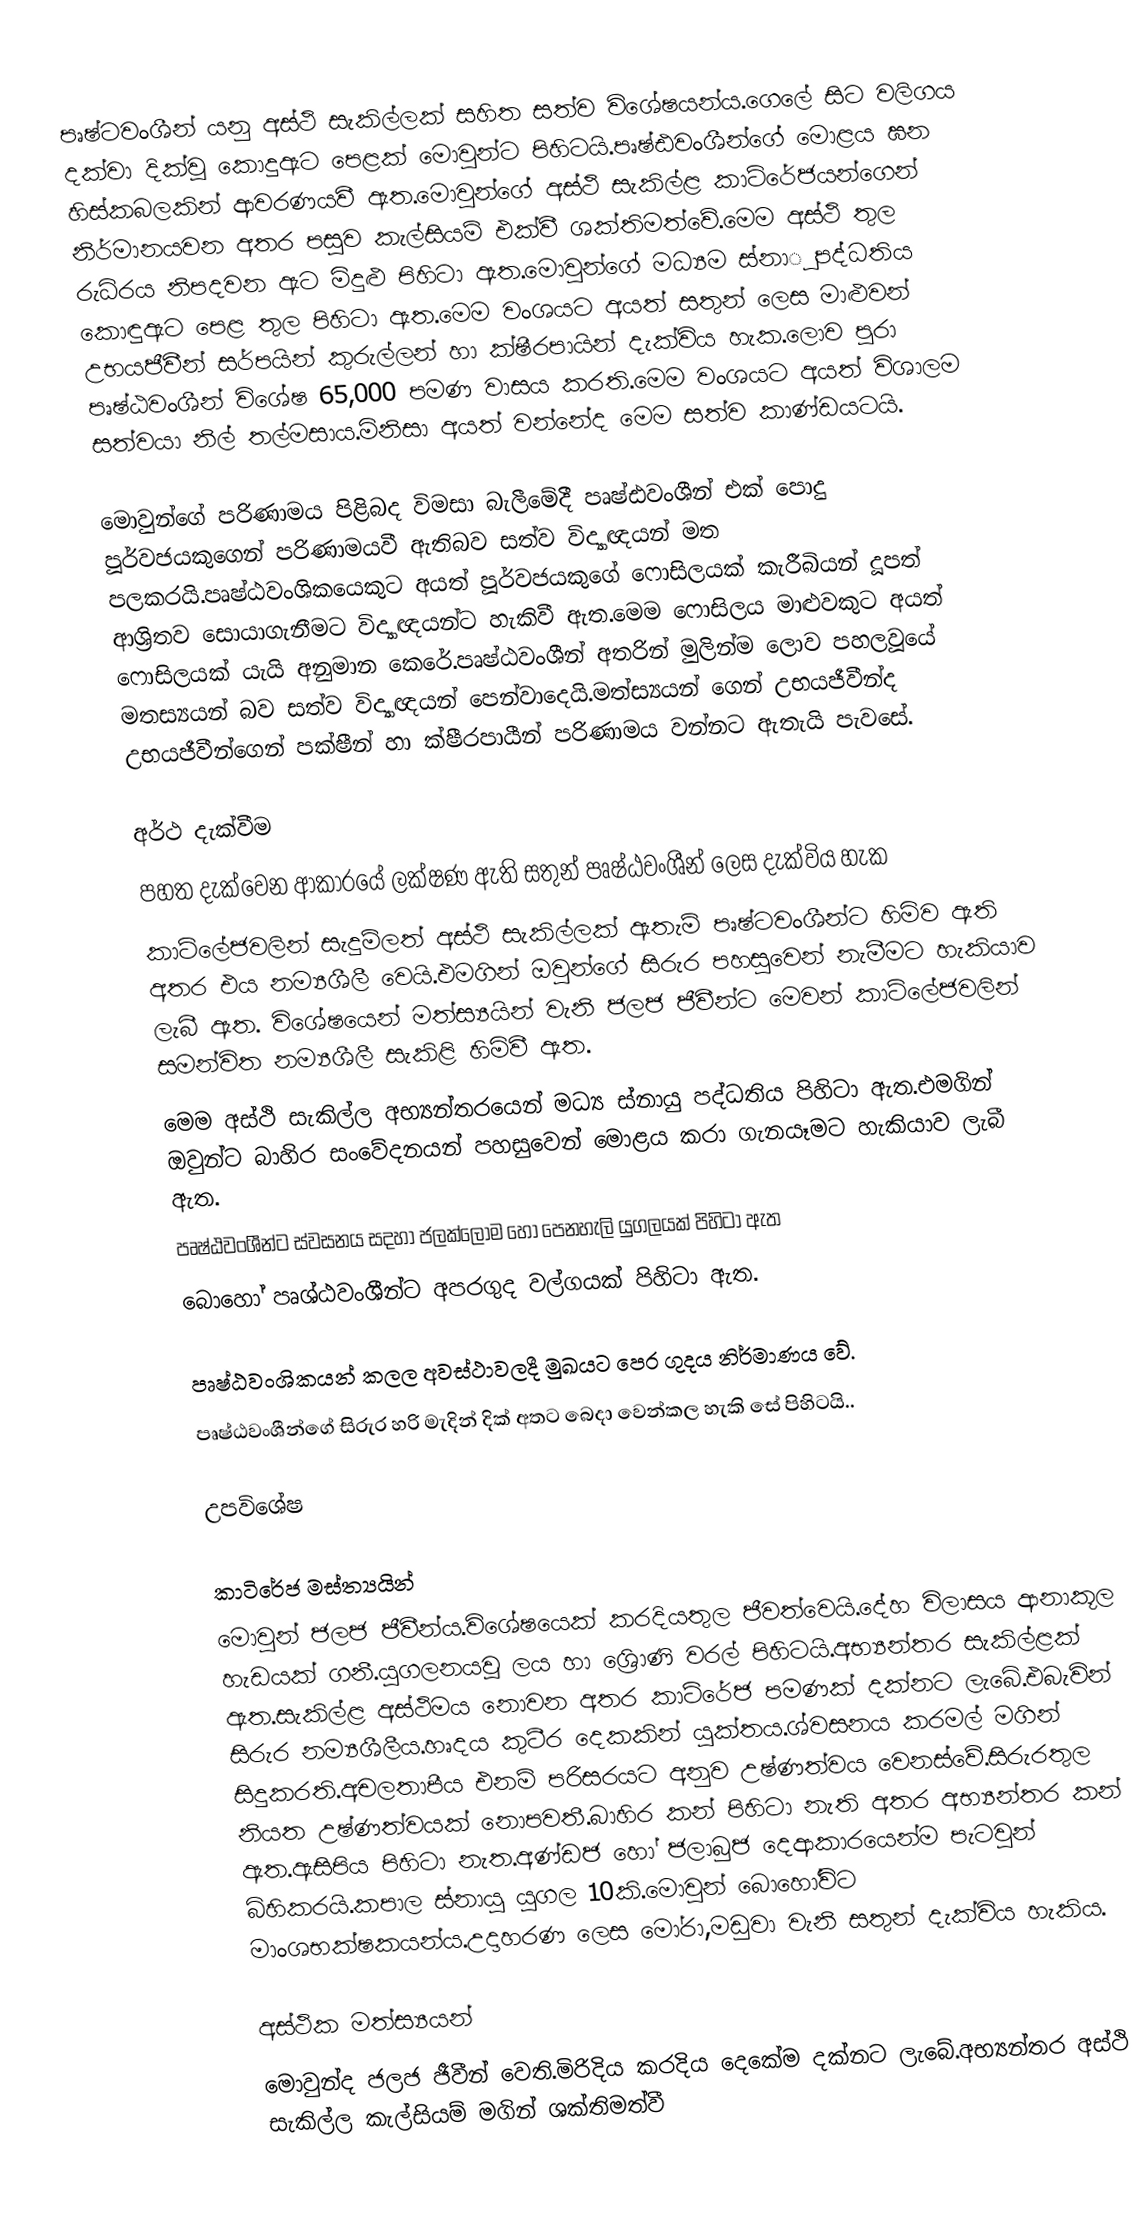
පෘෂ්ටවංශීන් යනු අස්ථි සැකිල්ලක් සහිත සත්ව විශේෂයන්ය.ගෙලේ සිට වලිගය දක්වා දික්වූ කොදුඇට පෙළක් මොවුන්ට පිහිටයි.පෘෂ්ඪවංශීන්ගේ මොළය ඝන හිස්කබලකින් ආවරණයවී ඇත.මොවුන්ගේ   අස්ථි සැකිල්ළ කාටිරේජයන්ගෙන් නිර්මානයවන අතර පසුව කැල්සියම් එක්වී ශක්තිමත්වේ.මෙම අස්ථි තුල රුධිරය නිපදවන ඇට මිදුළු පිහිටා ඇත.මොවුන්ගේ මධ්‍යම ස්නාු පද්ධතිය කොඳුඇට පෙළ තුල පිහිටා ඇත.මෙම වංශයට අයත් සතුන් ලෙස මාළුවන් උභයජීවීන් සර්පයින් කුරුල්ලන් හා ක්ෂීරපායින් දැක්විය හැක.ලොව පුරා පෘෂ්ඨවංශීන් විශේෂ 65,000 පමණ වාසය කරති.මෙම වංශයට අයත් විශාලම සත්වයා නිල් තල්මසාය.මිනිසා අයත් වන්නේද මෙම සත්ව කාණ්ඩයටයි.

මොවුන්ගේ පරිණාමය පිළිබද විමසා බැලීමේදී පෘෂ්ඪවංශීන් එක් පොදු පූර්වජයකුගෙන් පරිණාමයවී ඇතිබව සත්ව විද්‍යාඥයන් මත පලකරයි.පෘෂ්ඨවංශිකයෙකුට අයත් පූර්වජයකුගේ ෆොසිලයක් කැරීබියන් දූපත් ආශ්‍රිතව සොයාගැනීමට විද්‍යාඥයන්ට හැකිවී ඇත.මෙම ෆොසිලය මාළුවකුට අයත් ෆොසිලයක් යැයි අනුමාන කෙරේ.පෘෂ්ඨවංශීන් අතරින් මුලින්ම ලොව පහලවූයේ මතස්‍යයන් බව සත්ව විද්‍යාඥයන් පෙන්වාදෙයි.මත්ස්‍යයන් ගෙන් උභයජීවීන්ද උභයජීවීන්ගෙන් පක්ෂීන් හා ක්ෂීරපායීන් පරිණාමය වන්නට ඇතැයි පැවසේ.

අර්ථ දැක්වීම
පහත දැක්වෙන ආකාරයේ ලක්ෂණ ඇති සතුන් පෘෂ්ඨවංශීන් ලෙස දැක්විය හැක
 කාටිලේජවලින් සැදුම්ලත් අස්ථි සැකිල්ලක් ඇතැම් පෘෂ්ටවංශීන්ට හිමිව ඇති අතර එය නම්‍යශීලී වෙයි.එමගින් ඔවුන්ගේ සිරුර පහසුවෙන් නැමීමට හැකියාව ලැබී ඇත. විශේෂයෙන් මත්ස්‍යයින් වැනි ජලජ ජීවීන්ට මෙවන් කාටිලේජවලින් සමන්විත නම්‍යශීලී සැකිළි හිමිවී ඇත.
 මෙම අස්ථි සැකිල්ල අභ්‍යන්තරයෙන් මධ්‍ය ස්නායු පද්ධතිය පිහිටා ඇත.එමගින් ඔවුන්ට බාහිර සංවේදනයන් පහසුවෙන් මොළය කරා ගැනයෑමට හැකියාව ලැබී ඇත.
 පෘෂ්ඨවංශීන්ට ස්වසනය සදහා ජලක්ලෝම හෝ පෙනහැලි යුගලයක් පිහිටා ඇත
 බොහෝ පෘශ්ඨවංශීන්ට අපරගුද වල්ගයක් පිහිටා ඇත.

 පෘෂ්ඨවංශිකයන් කලල අවස්ථාවලදී මුඛයට පෙර ගුදය නිර්මාණය වේ.
 පෘෂ්ඨවංශීන්ගේ සිරුර හරි මැදින් දික් අතට බෙදා වෙන්කල හැකි සේ පිහිටයි..

උපවිශේෂ

කාටිරේජ මස්ත්‍යයින්
මොවුන් ජලජ ජීවීන්ය.විශේෂයෙක් කරදියතුල ජීවත්වෙයි.දේහ විලාසය ආනාකූල හැඩයක් ගනී.යුගලනයවූ ලය හා ශ්‍රෙිාණි වරල් පිහිටයි.අභ්‍යන්තර සැකිල්ළක් ඇත.සැකිල්ළ අස්ථිමය නොවන අතර කාටිරේජ පමණක් දක්නට ලැබේ.එබැවින් සිරුර නම්‍යශීලීය.හෘදය කුටීර දෙකකින් යුක්තය.ශ්වසනය කරමල් මගින් සිදුකරති.අචලතාපීය එනම් පරිසරයට අනුව උෂ්ණත්වය වෙනස්වේ.සිරුරතුල නියත උෂ්ණත්වයක් නොපවතී.බාහිර කන් පිහිටා නැති අතර අභ්‍යන්තර කන් ඇත.ඇසිපිය පිහිටා නැත.අණ්ඩජ හෝ ජලාබුජ දෙආකාරයෙන්ම පැටවුන් බිහිකරයි.කපාල ස්නායු යුගල 10කි.මොවුන් බොහෝවිට මාංශභක්ෂකයන්ය.උදාහරණ ලෙස මෝරා,මඩුවා වැනි සතුන් දැක්විය හැකිය.

අස්ථික මත්ස්‍යයන්
මොවුන්ද ජලජ ජීවීන් වෙති.මිරිදිය කරදිය දෙකේම දක්නට ලැබේ.අභ්‍යන්තර අස්ථි සැකිල්ල කැල්සියම් මගින් ශක්තිමත්වී